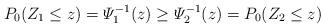
LaTeX: \begin{align*}P_0 ( Z_1\leq z) = \varPsi_1^{-1}(z) \ge \varPsi_2^{-1}(z) = P_0 (Z_2\le z)\end{align*}